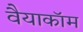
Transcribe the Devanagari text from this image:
वैयाकॉम